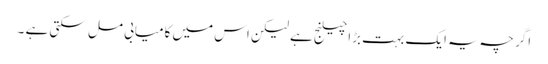
اگر چہ یہ ایک بہت بڑا چیلنج ہے لیکن اس میں کامیابی مل سکتی ہے ۔